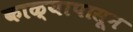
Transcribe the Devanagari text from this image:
काळ्यापासून